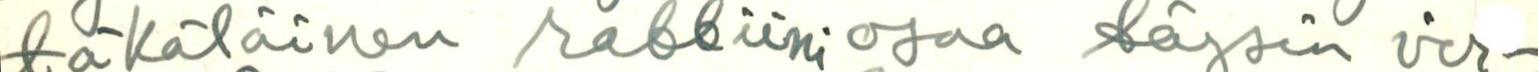
täkäläinen rabbiini osaa täysin vir-